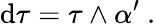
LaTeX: \mathrm{d}\tau=\tau\wedge\alpha^{\prime}\ .